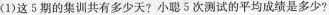
(1)这5期的集训共有多少天?小聪5次测试的平均成绩是多少?